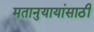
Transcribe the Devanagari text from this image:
मतानुयायांसाठी